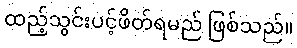
ထည့်သွင်းပင့်ဖိတ်ရမည် ဖြစ်သည်။